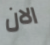
الان